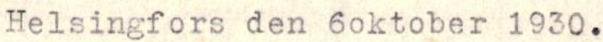
Helsingfors den 6oktober 1930.